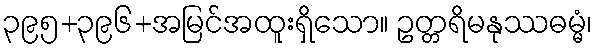
၃၉၅+၃၉၆+အမြင်အထူးရှိသော။ ဥတ္တရိမနုဿဓမ္မံ၊